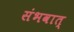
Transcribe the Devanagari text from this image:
संभवात्‌